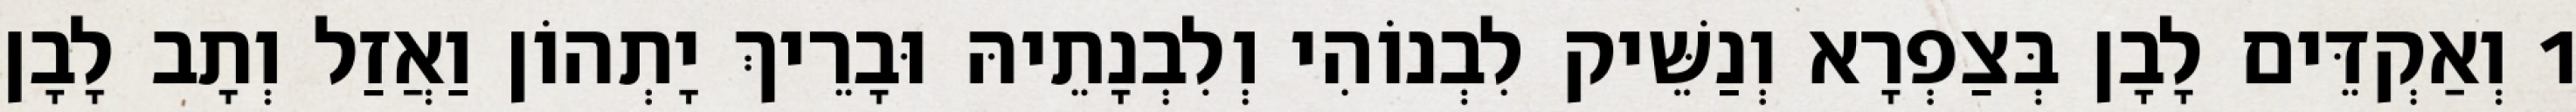
1 וְאַקְדֵּים לָבָן בְּצַפְרָא וְנַשֵּׁיק לִבְנוֹהִי וְלִבְנָתֵיהּ וּבָרֵיךְ יָתְהוֹן וַאֲזַל וְתָב לָבָן